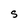
Character: s